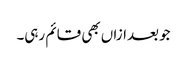
جو بعدازاں بھی قائم رہی۔